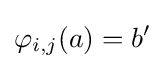
\varphi _{i,j}(a)=b'